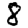
Digit: 8